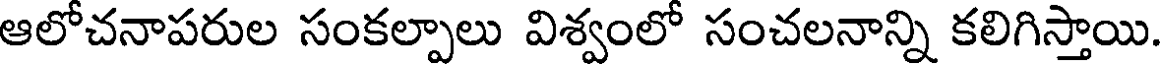
ఆలోచనాపరుల సంకల్పాలు విశ్వంలో సంచలనాన్ని కలిగిస్తాయి.